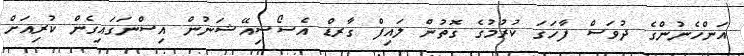
އަންހެނުންގެ ދުވަސް ފާހަގަ ކުރުމުގެ ގޮތުން ލައިފް ގާރޑް އެސޯސިއޭޝަނުން އިސްނަގައިގެން ކުރިއަށް